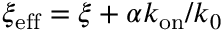
\xi _ { \mathrm { e f f } } = \xi + \alpha k _ { \mathrm { o n } } / k _ { 0 }